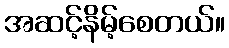
အဆင့်နိမ့်စေတယ်။